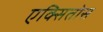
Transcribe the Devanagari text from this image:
एक्सितोस